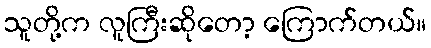
သူတို့က လူကြီးဆိုတော့ ကြောက်တယ်။